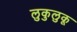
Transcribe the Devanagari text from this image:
लुकुलुकू